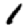
Digit: 1